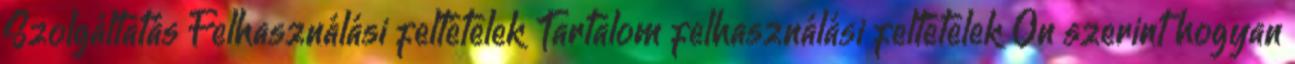
Szolgáltatás Felhasználási feltételek Tartalom felhasználási feltételek Ön szerint hogyan